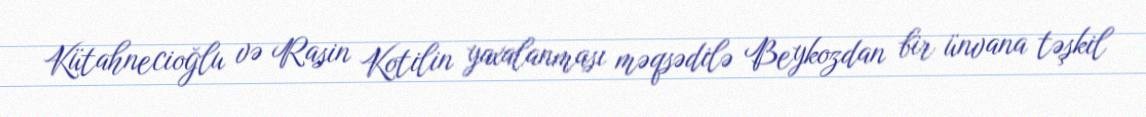
Kütahnecioğlu və Rasin Kotilin yaxalanması məqsədilə Beykozdan bir ünvana təşkil